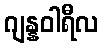
ဂျန္နဝါရီလ